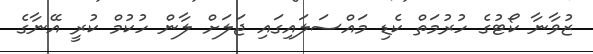
ޒުވާނާ ކޯޓުގެ ހުރުމަތް ކެޑި މައްސަލައިގައި ޖަލަށް ލާން ހުކުމް ކުރީ އޭނާގެ